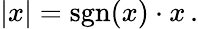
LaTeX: |x|=\operatorname{sgn}(x)\cdot x\, .